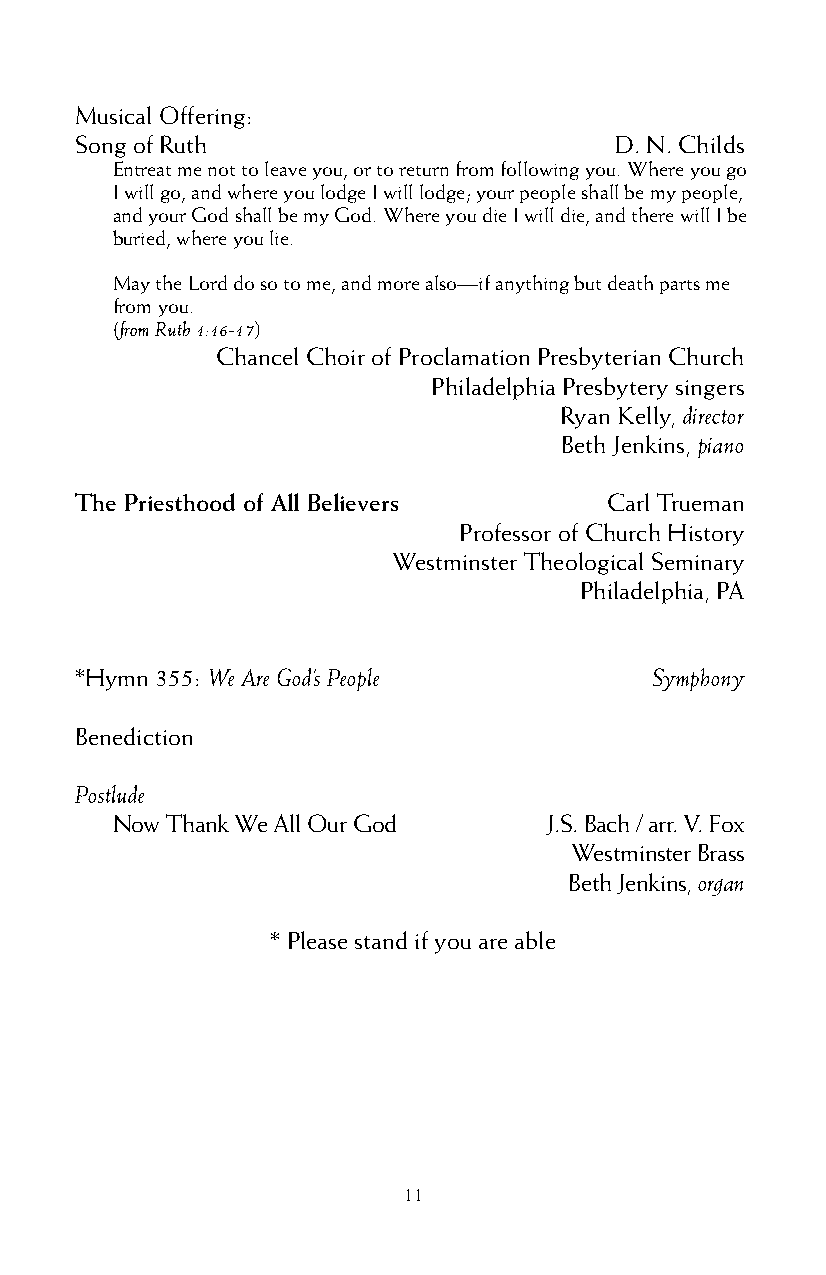
Musical Offering:
 Song of Ruth                        D. N. Childs
 Entreat me not to leave you, or to return from following you. Where you go
 I will go, and where you lodge I will lodge; your people shall be my people,
 and your God shall be my God. Where you die I will die, and there will I be
 buried, where you lie.
 May the Lord do so to me, and more also—if anything but death parts me
 from you.
 (from Ruth 1:16-17)
 Chancel Choir of Proclamation Presbyterian Church
 Philadelphia Presbytery singers
 Ryan Kelly, director
 Beth Jenkins, piano
 The Priesthood of All Believers    Carl Trueman
 Professor of Church History
 Westminster Theological Seminary
 Philadelphia, PA
 *Hymn 355: We Are God’s People        Symphony
 Benediction
 Postlude
 Now Thank We All Our God     J.S. Bach / arr. V. Fox
 Westminster Brass
 Beth Jenkins, organ
 * Please stand if you are able
 11